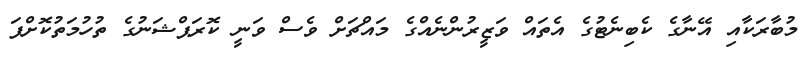
މުބާރަކާއި އޭނާގެ ކެބިނެޓުގެ އެތައް ވަޒީރުންނެއްގެ މައްޗަށް ވެސް ވަނީ ކޮރަޕްޝަނުގެ ތުހުމަތުކޮށްފަ